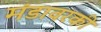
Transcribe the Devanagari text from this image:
मंडावरकी